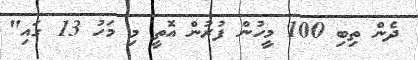
ދެން ތިބި 100 މީހުން ފުރުން އޮތީ މި މަހު 13 ގައި"